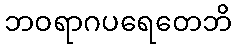
ဘဝရာဂပရေတေဘိ